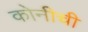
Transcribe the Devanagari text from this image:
कोनीची